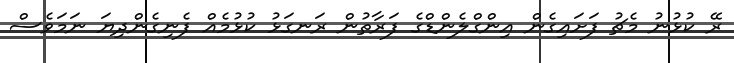
ރޭ ކުޅުނު މެޗު ފަށައިގެން އިންގްލެންޑްގެ ފަރާތުން ރަނގަޅު ކުޅުމެއް ފެނިގެންދިޔަ ނަމަވެސް